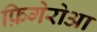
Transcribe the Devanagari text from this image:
फ़िगेरोआ